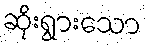
ဆိုးရွားသော